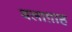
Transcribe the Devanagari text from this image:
बलाग़ाह